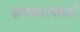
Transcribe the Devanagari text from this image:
कन्‍यकपरमेश्‍वरी